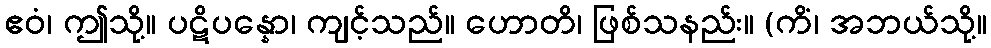
ဧဝံ၊ ဤသို့။ ပဋိပန္နော၊ ကျင့်သည်။ ဟောတိ၊ ဖြစ်သနည်း။ (ကိံ၊ အဘယ်သို့။